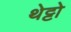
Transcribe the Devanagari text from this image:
थेट्टो